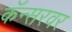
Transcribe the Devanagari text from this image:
कॅन्सरवर